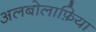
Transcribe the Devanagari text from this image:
अलबोलाफ़िया